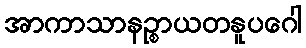
အာကာသာနဉ္စာယတနူပဂေါ